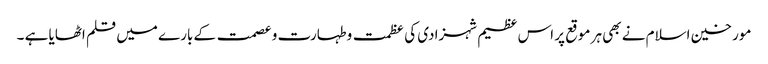
مورخین اسلام نے بھی ہر موقع پر اس عظیم شہزادی کی عظمت وطہارت و عصمت کے بارے میں قلم اٹھایا ہے ۔